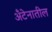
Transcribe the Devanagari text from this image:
अँटेनातील